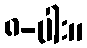
၈-ပါး။